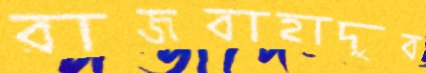
রাজবাহাদুর